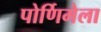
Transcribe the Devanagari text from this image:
पोर्णिमेला